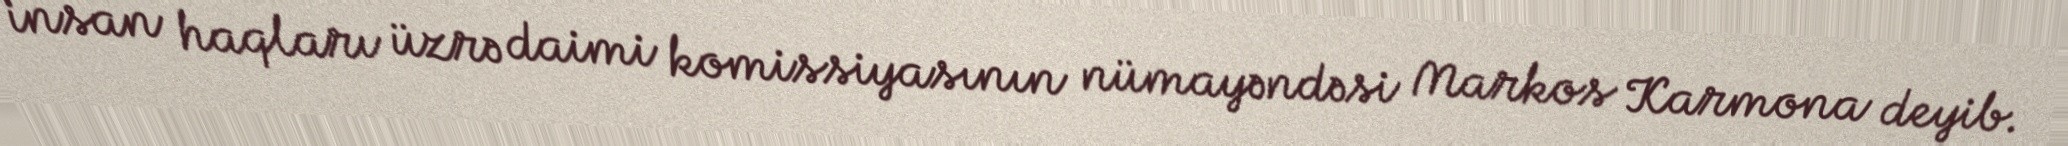
insan haqları üzrə daimi komissiyasının nümayəndəsi Markos Karmona deyib.